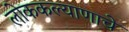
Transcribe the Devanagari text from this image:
लोककल्याणाचे